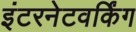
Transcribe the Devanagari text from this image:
इंटरनेटवर्किंग